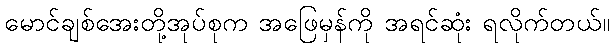
မောင်ချစ်အေးတို့အုပ်စုက အဖြေမှန်ကို အရင်ဆုံး ရလိုက်တယ်။